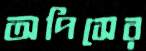
অপিসের